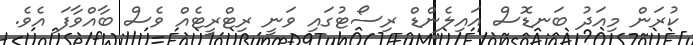
ކުރަން މިއަދު ބަނޑޮސް އައިލެންޑް ރިސޯޓުގައި ވަނީ ރިޓްރީޓެއް ވެސް ބާއްވާފަ އެވެ.